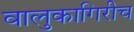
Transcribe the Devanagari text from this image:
वालुकागिरीच